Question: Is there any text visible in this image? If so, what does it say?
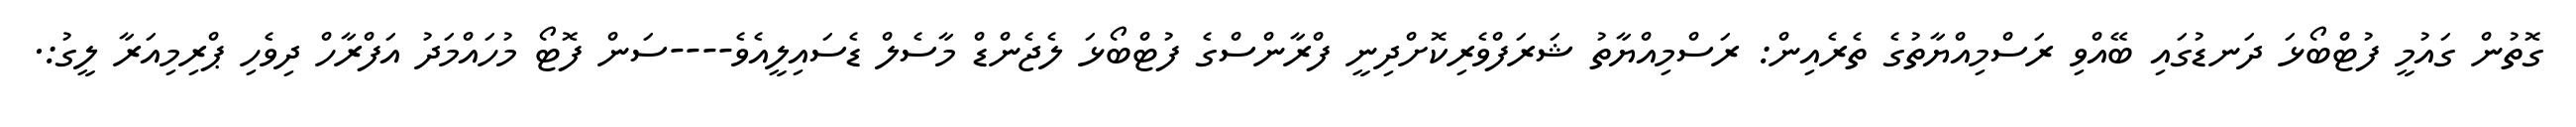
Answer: ގޮތުން ގައުމީ ފުޓްބޯޅަ ދަނޑުގައި ބޭއްވި ރަސްމިއްޔާތުގެ ތެރެއިން: ރަސްމިއްޔާތު ޝަރަފްވެރިކޮށްދިނީ ފްރާންސްގެ ފުޓްބޯޅަ ލެޖެންޑް މާސެލް ޑެސައިލީއެވެ----ސަން ފޮޓޯ މުހައްމަދު އަފްރާހް ދިވެހި ޕްރިމިއަރާ ލީގު:.